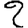
Digit: 2